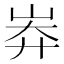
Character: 𡷓